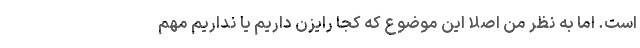
است. اما به نظر من اصلا این موضوع که کجا رایزن داریم یا نداریم مهم